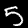
Digit: 5